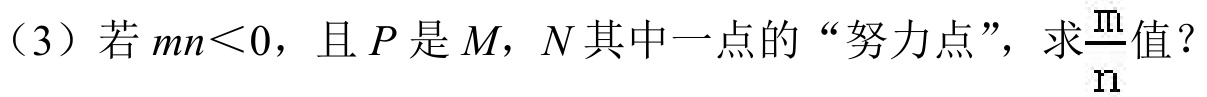
（3）若\(mn<0\)，且\(P\)是\(M\)，\(N\)其中一点的“努力点”，求\(\frac{m}{n}\)值？